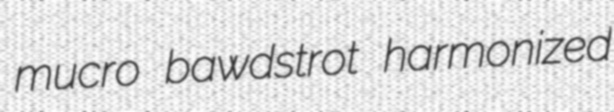
mucro bawdstrot harmonized